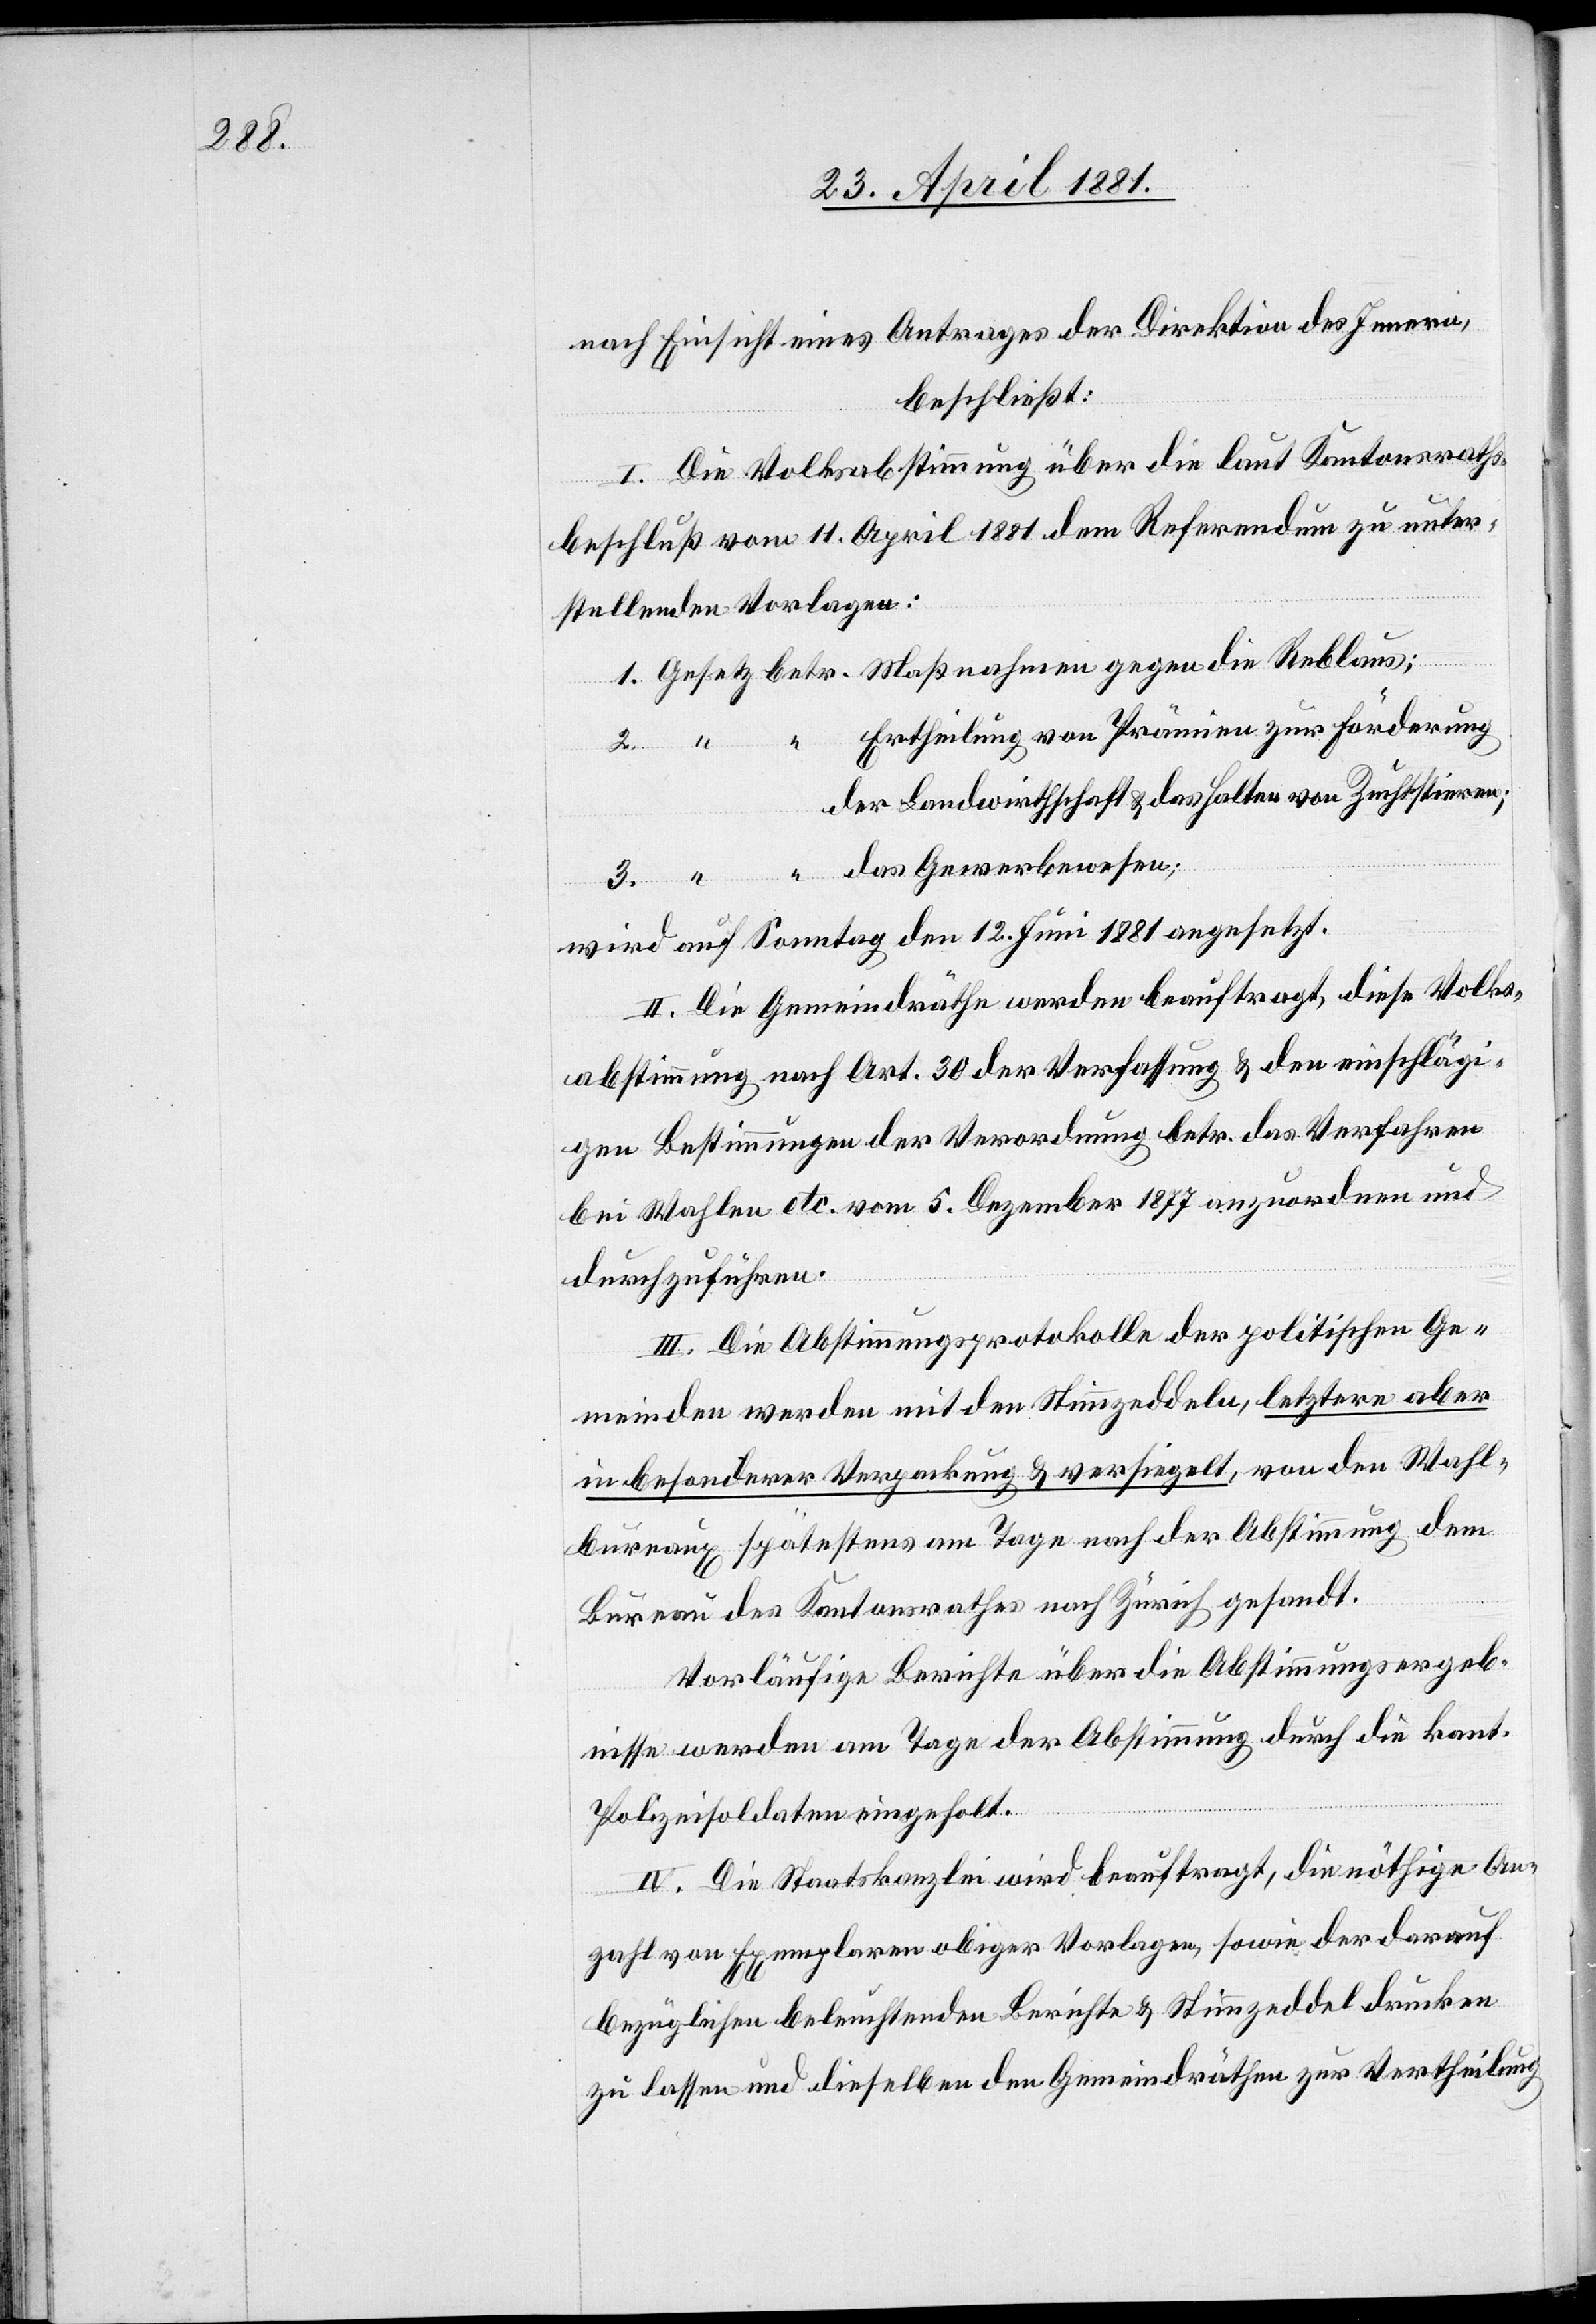
nach Einsicht eines Antrages der Direktion des Innern,
beschließt:
I. Die Volksabstimmung über die laut Kantonsraths¬
beschluß vom 11. April 1881 dem Referendum zu unter¬
stellenden Vorlagen:
Ertheilung von Prämien zur Förderung
2.
der Landwirthschaft & das Halten von Zuchtstieren;
wird auf Sonntag den 12. Juni 1881 angesetzt.
II. Die Gemeindräthe werden beauftragt, diese Volks¬
abstimmung nach Art. 30 der Verfassung & den einschlägi¬
gen Bestimmungen der Verordnung betr. das Verfahren
bei Wahlen etc. vom 5. Dezember 1877 anzuordnen und
durchzuführen.
III. Die Abstimmungsprotokolle der politischen Ge¬
meinden werden mit den Stimmzeddeln, letztere aber
in besonderer Verpackung & versiegelt, von den Wahl¬
bureaux spätestens am Tage nach der Abstimmung dem
Bureau des Kantonsrathes nach Zürich gesandt.
Vorläufige Berichte über die Abstimmungsergeb¬
nisse werden am Tage der Abstimmung durch die kant.
Polizeisoldaten eingeholt.
IV. Die Staatskanzlei wird beauftragt, die nöthige An¬
3.
zahl von Exemplaren obiger Vorlagen, sowie der darauf
bezüglichen beleuchtenden Berichte & Stimmzeddel drucken
zu lassen und dieselben den Gemeindräthen zur Vertheilung